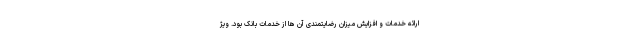
ارائه خدمات و افزایش میزان رضایتمندی آن ها از خدمات بانک بود. ویژ